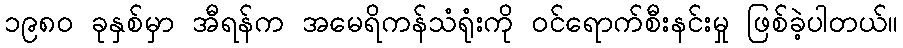
၁၉၈၀ ခုနှစ်မှာ အီရန်က အမေရိကန်သံရုံးကို ဝင်ရောက်စီးနင်းမှု ဖြစ်ခဲ့ပါတယ်။